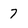
Character: 7